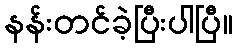
နန်းတင်ခဲ့ပြီးပါပြီ။